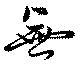
無